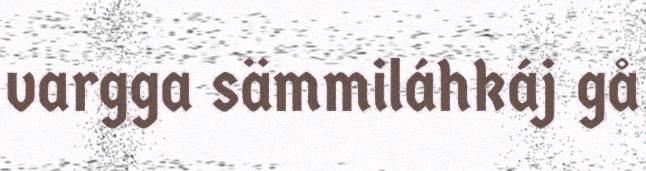
vargga sämmiláhkáj gå